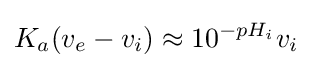
K_{a}(v_{e}-v_{i})\approx 10^{-pH_{i}}v_{i}